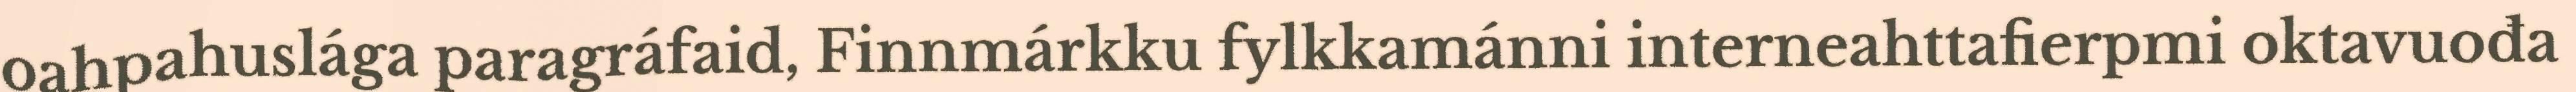
oahpahuslága paragráfaid, Finnmárkku fylkkamánni interneahttafierpmi oktavuođa